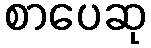
စာပေဆု